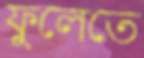
ফুলেতে